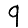
Digit: 9